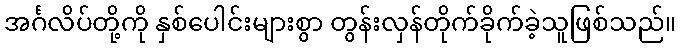
အင်္ဂလိပ်တို့ကို နှစ်ပေါင်းများစွာ တွန်းလှန်တိုက်ခိုက်ခဲ့သူဖြစ်သည်။